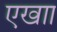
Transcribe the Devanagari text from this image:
एखाा